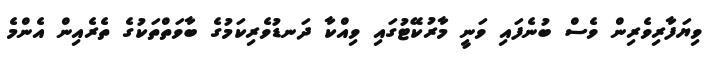
ވިޔަފާރިވެރިން ވެސް ބުނެފައި ވަނީ މާރުކޭޓުގައި ވިއްކާ ދަނޑުވެރިކަމުގެ ބާވަތްތަކުގެ ތެރެއިން އެންމެ